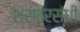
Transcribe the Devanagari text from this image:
शस्त्रसंधी